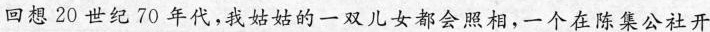
回想20世纪70年代，我姑姑的一双儿女都会照相，一个在陈集公社开